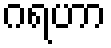
ဂရဟာ